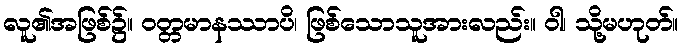
လူ၏အဖြစ်၌။ ဝတ္တမာနဿာပိ၊ ဖြစ်သောသူအားလည်း။ ဝါ၊ သို့မဟုတ်။